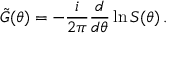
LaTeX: \tilde { G } ( \theta ) = - \frac { i } { 2 \pi } \frac { d } { d \theta } \ln S ( \theta ) \, .